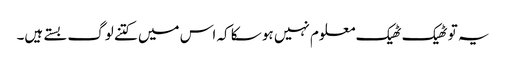
یہ تو ٹھیک ٹھیک معلوم نہیں ہو سکا کہ اس میں کتنے لوگ بستے ہیں۔